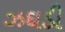
ઝઘડી